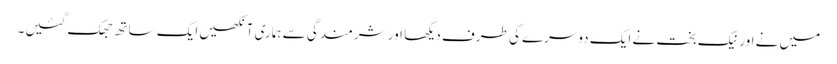
میں نے اور نیک بخت نے ایک دوسرے کی طرف دیکھا اور شرمندگی سے ہماری آنکھیں ایک ساتھ جھک گئیں۔